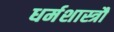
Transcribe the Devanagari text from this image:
धर्मशास्त्रौं